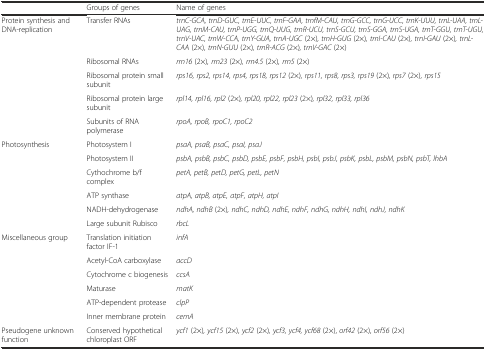
<table><thead><tr><td></td><td><b>Groups of genes</b></td><td><b>Name of genes</b></td></tr></thead><tbody><tr><td>Protein synthesis and DNA-replication</td><td>Transfer RNAs</td><td><i>trnC-GCA, trnD-GUC, trnE-UUC, trnF-GAA, trnfM-CAU, trnG-GCC, trnG-UCC, trnK-UUU, trnL-UAA, trnL-UAG, trnM-CAU, trnP-UGG, trnQ-UUG, trnR-UCU, trnS-GCU, trnS-GGA, trnS-UGA, trnT-GGU, trnT-UGU, trnV-UAC, trnW-CCA, trnY-GUA, trnA-UGC</i> (2×)<i>, trnH-GUG</i> (2×)<i>, trnI-CAU</i> (2×)<i>, trnI-GAU</i> (2×)<i>, trnL-CAA</i> (2×)<i>, trnN-GUU</i> (2×)<i>, trnR-ACG</i> (2×)<i>, trnV-GAC</i> (2×)</td></tr><tr><td></td><td>Ribosomal RNAs</td><td><i>rrn16</i> (2×)<i>, rrn23</i> (2×)<i>, rrn4.5</i> (2×)<i>, rrn5</i> (2×)</td></tr><tr><td></td><td>Ribosomal protein small subunit</td><td><i>rps16, rps2, rps14, rps4, rps18, rps12</i> (2×)<i>, rps11, rps8, rps3, rps19</i> (2×)<i>, rps7</i> (2×)<i>, rps15</i></td></tr><tr><td></td><td>Ribosomal protein large subunit</td><td><i>rpl14, rpl16, rpl2</i> (2×)<i>, rpl20, rpl22, rpl23</i> (2×)<i>, rpl32, rpl33, rpl36</i></td></tr><tr><td></td><td>Subunits of RNA polymerase</td><td><i>rpoA, rpoB, rpoC1, rpoC2</i></td></tr><tr><td>Photosynthesis</td><td>Photosystem I</td><td><i>psaA, psaB, psaC, psaI, psaJ</i></td></tr><tr><td></td><td>Photosystem II</td><td><i>psbA, psbB, psbC, psbD, psbE, psbF, psbH, psbI, psbJ, psbK, psbL, psbM, psbN, psbT, lhbA</i></td></tr><tr><td></td><td>Cythochrome b/f complex</td><td><i>petA, petB, petD, petG, petL, petN</i></td></tr><tr><td></td><td>ATP synthase</td><td><i>atpA, atpB, atpE, atpF, atpH, atpI</i></td></tr><tr><td></td><td>NADH-dehydrogenase</td><td><i>ndhA, ndhB</i> (2×)<i>, ndhC, ndhD, ndhE, ndhF, ndhG, ndhH, ndhI, ndhJ, ndhK</i></td></tr><tr><td></td><td>Large subunit Rubisco</td><td><i>rbcL</i></td></tr><tr><td>Miscellaneous group</td><td>Translation initiation factor IF-1</td><td><i>infA</i></td></tr><tr><td></td><td>Acetyl-CoA carboxylase</td><td><i>accD</i></td></tr><tr><td></td><td>Cytochrome c biogenesis</td><td><i>ccsA</i></td></tr><tr><td></td><td>Maturase</td><td><i>matK</i></td></tr><tr><td></td><td>ATP-dependent protease</td><td><i>clpP</i></td></tr><tr><td></td><td>Inner membrane protein</td><td><i>cemA</i></td></tr><tr><td>Pseudogene unknown function</td><td>Conserved hypothetical chloroplast ORF</td><td><i>ycf1</i> (2×)<i>, ycf15</i> (2×)<i>, ycf2</i> (2×)<i>, ycf3, ycf4, ycf68</i> (2×), <i>orf42</i> (2×), <i>orf56</i> (2×)</td></tr></tbody></table>